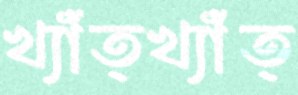
খ্যাঁত্খ্যাঁত্